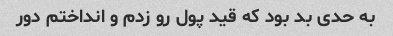
به حدی بد بود که قید پول رو زدم و انداختم دور